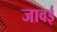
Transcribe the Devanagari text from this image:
जावई